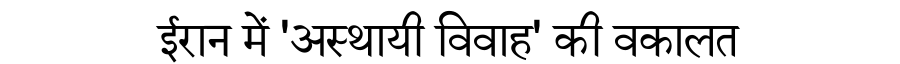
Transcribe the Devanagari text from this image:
ईरान में 'अस्थायी विवाह' की वकालत